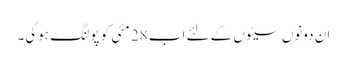
ان دونوں سیٹوں کے لئے اب 28 مئی کو پولنگ ہوگی۔